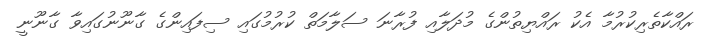
ރައްކާތެރިކުރުމާ އެކު ރައްޔިތުންގެ މުދަލާއި ފުރާނަ ސަލާމަތް ކުރުމުގައި ސިފައިންގެ ގާނޫނުގައިވާ ގާނޫނީ